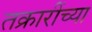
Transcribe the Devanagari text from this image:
तक्रारींच्या